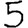
Digit: 5